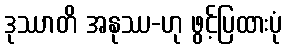
ဒုဿာတိ အနုဿ-ဟု ဖွင့်ပြထားပုံ